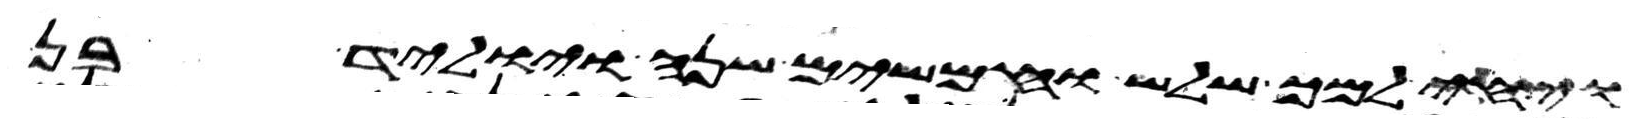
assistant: ויחי למך שלש וחמשים שנה ויוליד בן